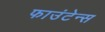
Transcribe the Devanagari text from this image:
फाउंटेन्स